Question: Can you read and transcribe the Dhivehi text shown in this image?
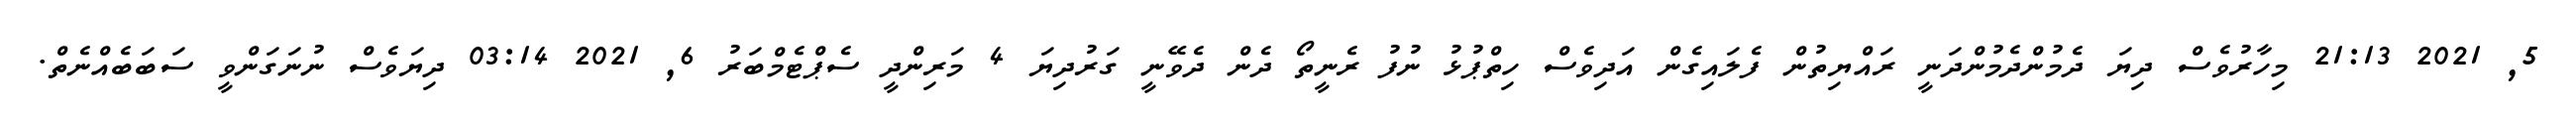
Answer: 5, 2021 21:13 މިހާރުވެސް ދިޔަ ދެމުންދެމުންދަނީ ރައްޔިތުން ފެލައިގެން އަދިވެސް ހިތްޕުޅު ނުފު ރެނީތޯ ދެން ދެވޭނީ ގަރުދިޔަ 4 މަރިންދީ ސެޕްޓެމްބަރު 6, 2021 03:14 ދިޔަވެސް ނުނަގަންވީ ސަބަބެއްނެތް.